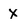
Character: X